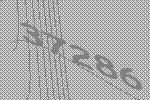
37286